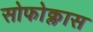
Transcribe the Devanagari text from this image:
सोफोक्लास